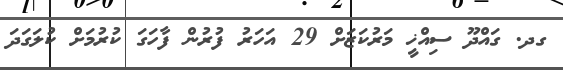
ގދ. ގައްދޫ ސިއްޚީ މަރުކަޒަށް 29 އަހަރު ފުރުން ފާހަގަ ކުރުމަށް ކުލަގަދަ